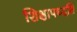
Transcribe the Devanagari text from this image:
शिक्षापध्दति